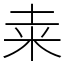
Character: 𥸮